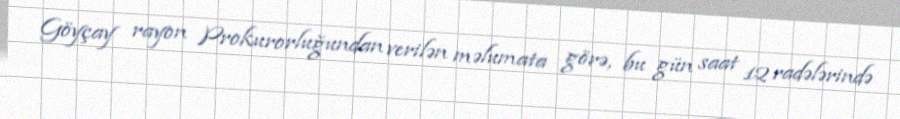
Göyçay rayon Prokurorluğundan verilən məlumata görə, bu gün saat 12 radələrində